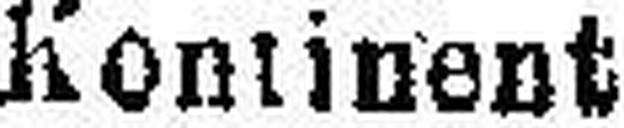
Kontinent